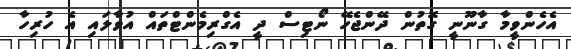
އެހެންވީމާ ގާނޫނީ ގޮތުން ދޭންޖެހޭ ނޯޓިސް ދީ އެގްރިމެންޓްތައް އުވާލައި އެ ހުރިހާ